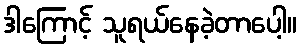
ဒါကြောင့် သူရယ်နေခဲ့တာပေါ့။